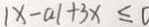
\vert x - a \vert + 3 x \leq 0